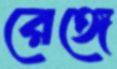
রেঙ্গে